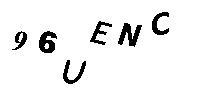
96UENC